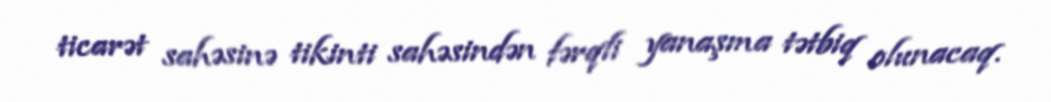
ticarət sahəsinə tikinti sahəsindən fərqli yanaşma tətbiq olunacaq.